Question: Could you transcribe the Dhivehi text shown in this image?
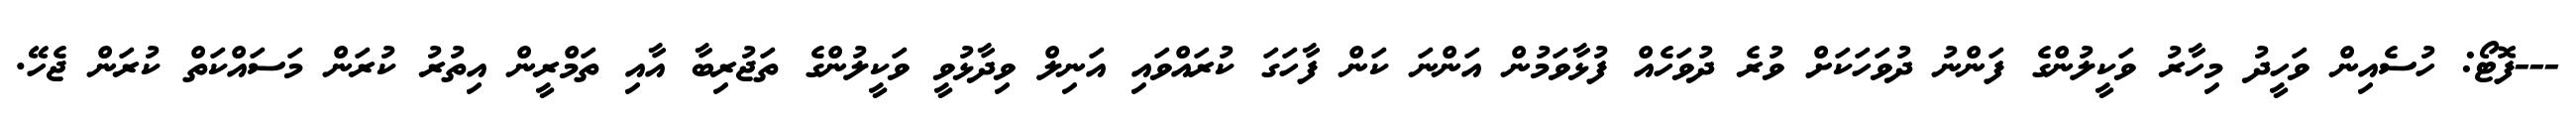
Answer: ---ފޮޓޯ: ހުސެއިން ވަހީދު މިހާރު ވަކީލުންގެ ފަންނު ދުވަހަކަށް ވުރެ ދުވަހެއް ފުޅާވަމުން އަންނަ ކަން ފާހަގަ ކުރައްވައި އަނިލް ވިދާޅުވީ ވަކީލުންގެ ތަޖުރިބާ އާއި ތަމްރީން އިތުރު ކުރަން މަސައްކަތް ކުރަން ޖެހޭ.